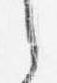
之